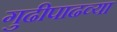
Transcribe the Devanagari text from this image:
गुढीपाढव्या